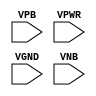
module sky130_fd_sc_ms__tapvpwrvgnd (
    //# {{power|Power}}
    input VPB ,
    input VPWR,
    input VGND,
    input VNB
);
endmodule